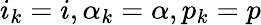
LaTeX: i_{k}=i,\alpha_{k}=\alpha,p_{k}=p